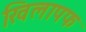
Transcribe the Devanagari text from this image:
खिलापफ